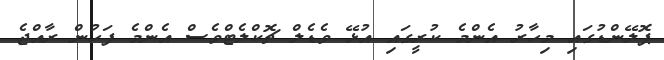
ޕޮލޭންޑުގައި މިހާރު އެންމެ ކުރީގައި އުޅޭ ވެޑެލް ޗޮކްލެޓްވެސް އެންމެ ފަހުން ރާއްޖެ